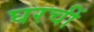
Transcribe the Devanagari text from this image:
घरचीं